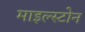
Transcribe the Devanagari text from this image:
माइल्स्टोन